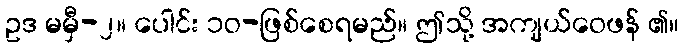
ဥဒ မမှီ-၂။ ပေါင်း ၁၀-ဖြစ်စေရမည်။ ဤသို့ အကျယ်ဝေဖန် ၏။